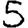
Digit: 5